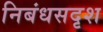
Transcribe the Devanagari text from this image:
निबंधसदृश